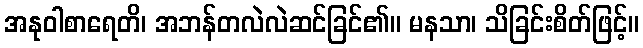
အနုဝါစာရေတိ၊ အဘန်တလဲလဲဆင်ခြင်၏။ မနသာ၊ သိခြင်းစိတ်ဖြင့်။